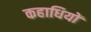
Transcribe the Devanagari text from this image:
कहाधियों